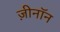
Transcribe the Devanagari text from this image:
ज़ीनॉन